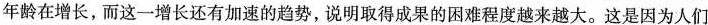
年龄在增长，而这一增长还有加速的趋势，说明取得成果的困难程度越来越大。这是因为人们